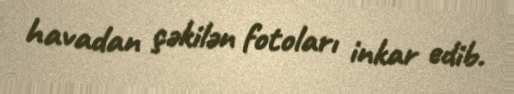
havadan çəkilən fotoları inkar edib.